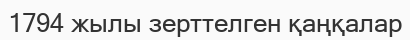
1794 жылы зерттелген қаңқалар